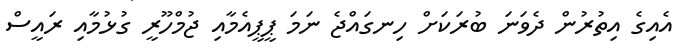
އެއިގެ އިތުރުން ދެވަނަ ބުރަކަށް ހިނގައްޖެ ނަމަ ޕީޕީއެމާއި ޖުމްހޫރީ ގުޅުމާއި ރައީސް